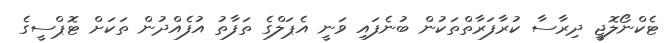
ޓެކްނޯލޮޖީ ދިރާސާ ކުރާފަރާތްތަކުން ބުނެފައި ވަނީ އެޕަލްގެ ތަފާތު އުފެއްދުން ތަކަށް ޓޮޕްސީގެ